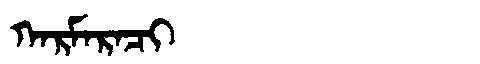
Manchu: ᡴᠠᡵᠮᠠᡵᠠᠴᡳ
Romanization: KARMARACI